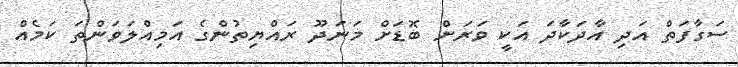
ސަގާފަތް އަދި އާދަކާދަ އަކީ ވަރަށް ބޮޑަށް މަނަދޫ ރައްޔިތުންގެ އަމިއްލަވަންތަ ކަމެއް